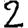
Digit: 2